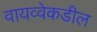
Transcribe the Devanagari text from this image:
वायव्वेकडील